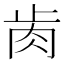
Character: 𦙡